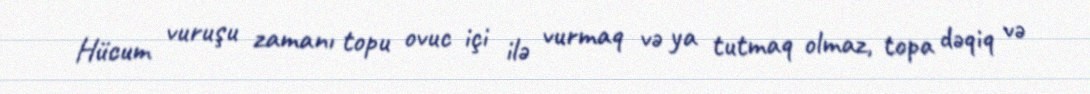
Hücum vuruşu zamanı topu ovuc içi ilə vurmaq və ya tutmaq olmaz, topa dəqiq və